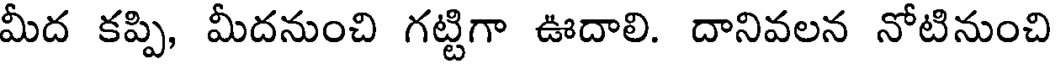
మీద కప్పి, మీదనుంచి గట్టిగా ఊదాలి. దానివలన నోటినుంచి